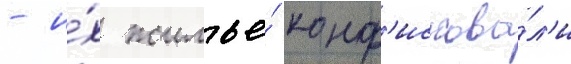
- и́х жилье́ конф'искова́л'и